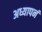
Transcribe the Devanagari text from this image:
अध्यापनं